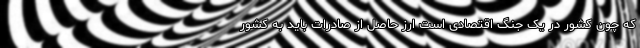
که چون کشور در یک جنگ اقتصادی است ارز حاصل از صادرات باید به کشور